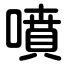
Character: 噴